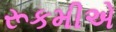
રૂકમીએ